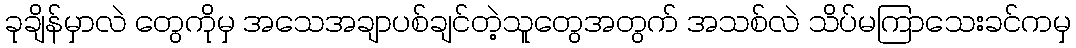
ခုချိန်မှာလဲ တွေကိုမှ အသေအချာပစ်ချင်တဲ့သူတွေအတွက် အသစ်လဲ သိပ်မကြာသေးခင်ကမှ